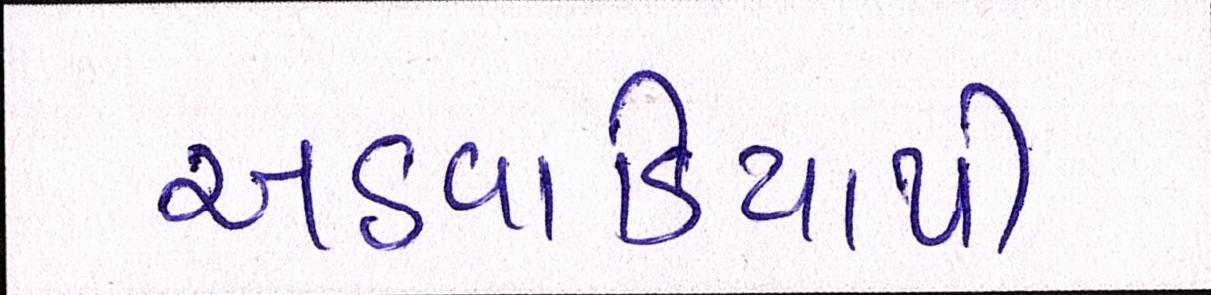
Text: અઠવાડિયાથી